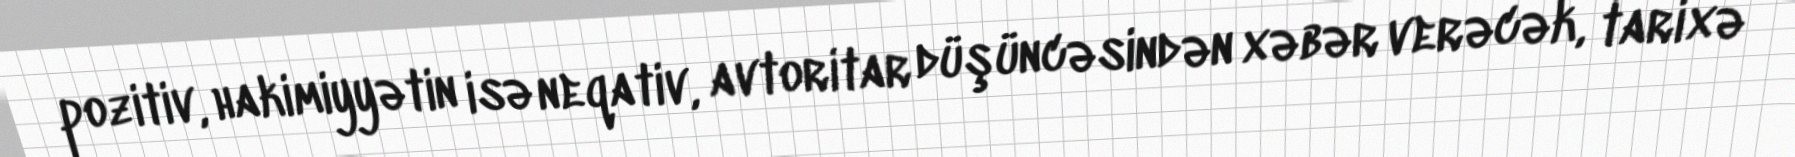
pozitiv, hakimiyyətin isə neqativ, avtoritar düşüncəsindən xəbər verəcək, tarixə